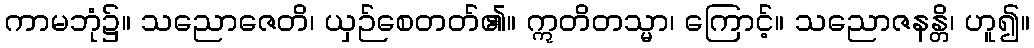
ကာမဘုံ၌။ သညောဇေတိ၊ ယှဉ်စေတတ်၏။ ဣတိတသ္မာ၊ ကြောင့်။ သညောဇနန္တိ၊ ဟူ၍။